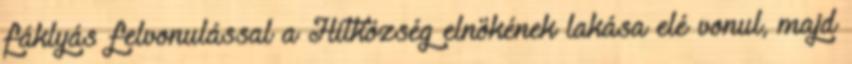
fáklyás felvonulással a Hitközség elnökének lakása elé vonul, majd